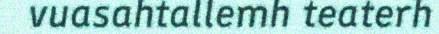
vuasahtallemh teaterh